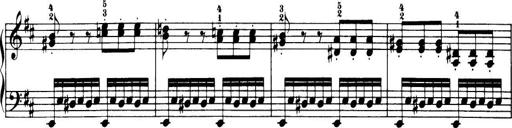
Title: 32 Sonatinas and Rondos for the Piano
Composer: Richard Kleinmichel